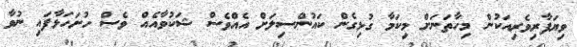
ވިޔަފާރިވެރިއަކުން މިހާތަނަށް މިކަމާ ގުޅިގެން ކައުންސިލަށް އެއްވެސް ޝަކުވާއެއް ވެސް ހުށަހަޅާފައި ނުވާ